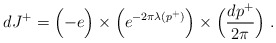
\begin{align*}dJ^+ = \Bigl( -e \Bigr) \times \Bigl(e^{-2\pi \lambda(p^+)} \Bigr) \times\Bigl({dp^+ \over 2\pi}\Bigr) \; . \end{align*}